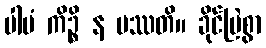
ပါပံ ကိဉ္စိ န ပဿတိ။ ခိုင်မြဲစွာ